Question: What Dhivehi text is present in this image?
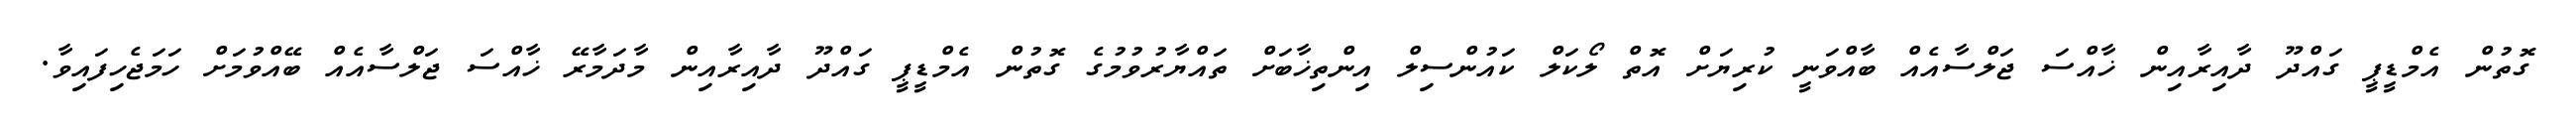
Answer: ގޮތުން އެމްޑީޕީ ގައްދޫ ދާއިރާއިން ޚާއްސަ ޖަލްސާއެއް ބާއްވަނީ ކުރިޔަށް އޮތް ލޯކަލް ކައުންސިލް އިންތިޚާބަށް ތައްޔާރުވުމުގެ ގޮތުން އެމްޑީޕީ ގައްދޫ ދާއިރާއިން މާދަމާރޭ ޚާއްސަ ޖަލްސާއެއް ބޭއްވުމަށް ހަމަޖެހިފައިވާ.